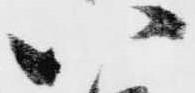
八